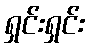
ရှင်းရှင်း